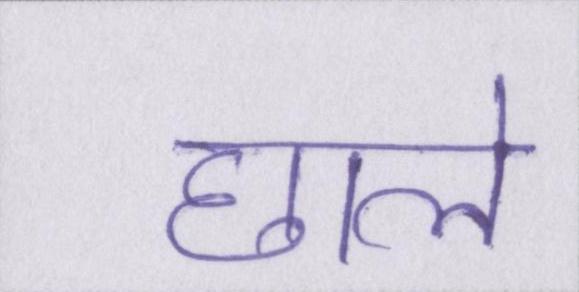
छाले